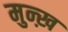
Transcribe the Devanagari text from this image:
मुन्ख़